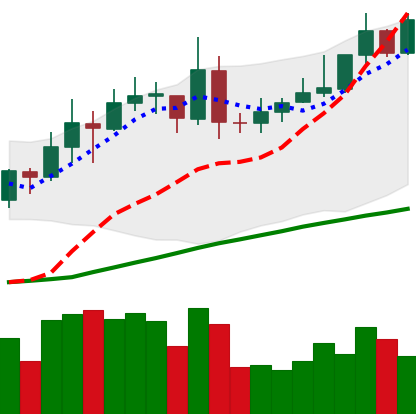
Ticker: XMR-USD
Chart end date: 2020-07-25
Forward return: 10.381%
Label: up_7plus